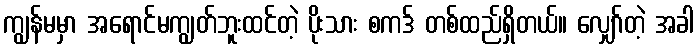
ကျွန်မမှာ အရောင်မကျွတ်ဘူးထင်တဲ့ ပိုးသား စကဒ် တစ်ထည်ရှိတယ်။ လျှော်တဲ့ အခါ